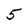
Character: 5